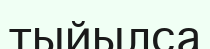
тыйылса